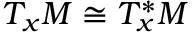
T _ { x } M \cong T _ { x } ^ { * } M